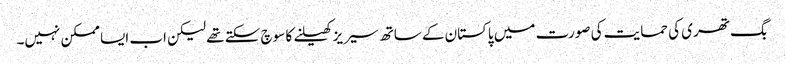
بگ تھری کی حمایت کی صورت میں پاکستان کے ساتھ سیریز کھیلنے کا سوچ سکتے تھے لیکن اب ایسا ممکن نہیں۔